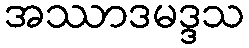
အဿာဒမဒ္ဒသ